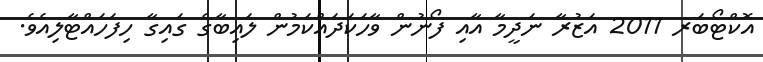
އޮކްޓޯބަރ 2011 އަޒުރާ ނަދީމާ އާއި ފޯނުން ވާހަކަދައްކަމުން ލައިބާގެ ގައިގާ ހިފަހައްޓާލިއެވެ.